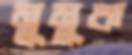
মুমুক